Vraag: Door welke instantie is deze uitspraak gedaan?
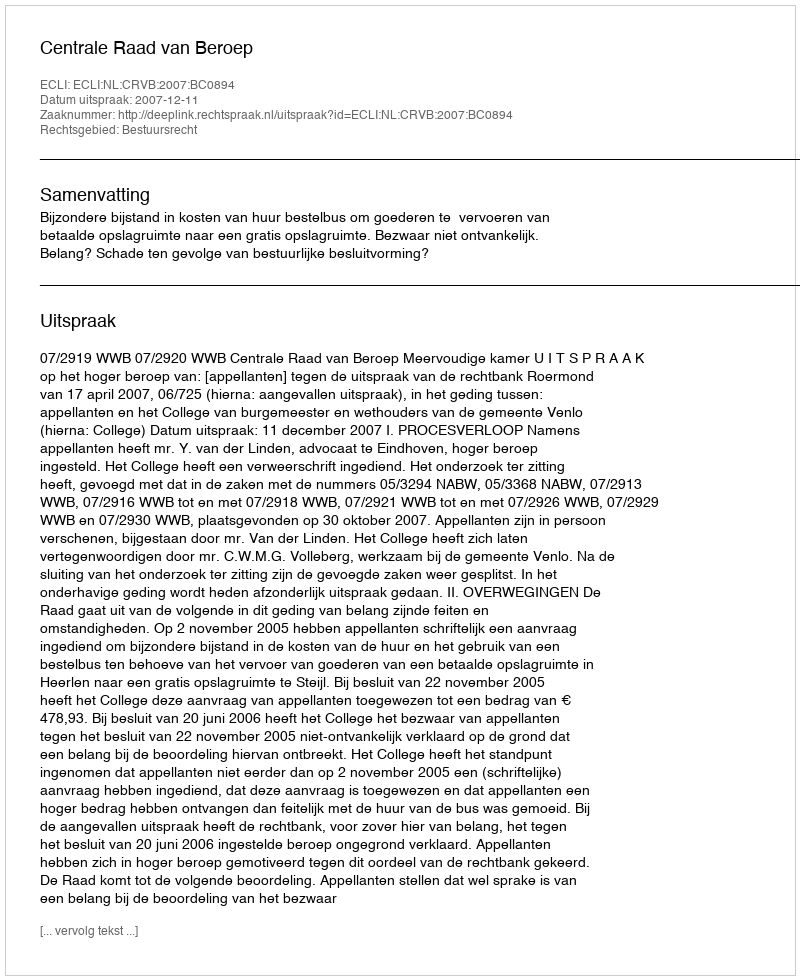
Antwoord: Centrale Raad van Beroep